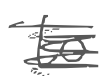
Text: to
Cross-out: scratch
Writing tool: digital_gray